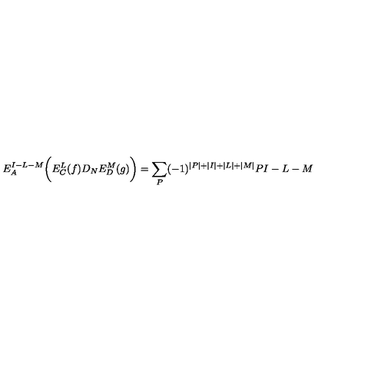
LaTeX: E _ { A } ^ { I - L - M } \biggl ( E _ { C } ^ { L } ( f ) D _ { N } E _ { D } ^ { M } ( g ) \biggr ) = \sum _ { P } ( - 1 ) ^ { \vert P \vert + \vert I \vert + \vert L \vert + \vert M \vert } { \binom { P } { I - L - M } }